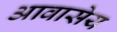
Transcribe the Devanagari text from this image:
आवासेय